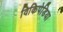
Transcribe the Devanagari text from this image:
विकिपेडिया